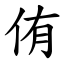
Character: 侑